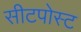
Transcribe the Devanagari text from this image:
सीटपोस्ट